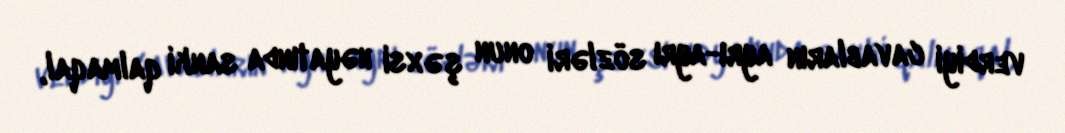
verdiyi cavabların ayrı-ayrı sözləri onun şəxsi həyatında sanki qalmaqal,